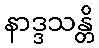
နာဒ္ဒသန္တိ